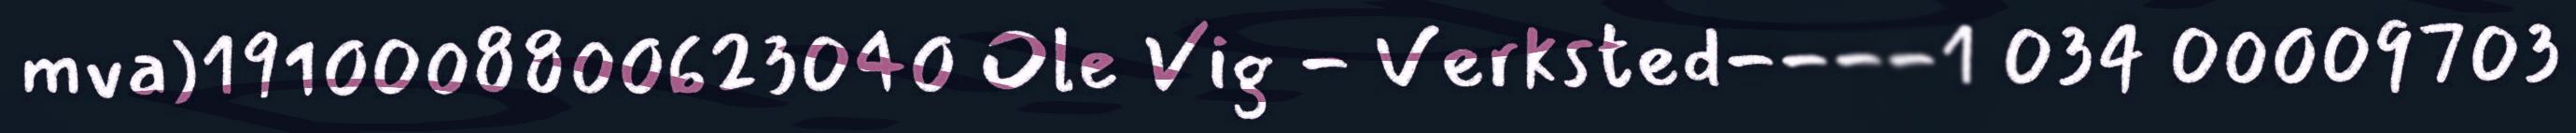
mva)1910008800623040 Ole Vig - Verksted----1 034 00009703